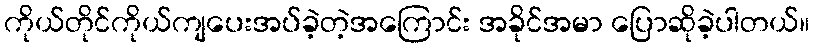
ကိုယ်တိုင်ကိုယ်ကျပေးအပ်ခဲ့တဲ့အကြောင်း အခိုင်အမာ ပြောဆိုခဲ့ပါတယ်။